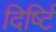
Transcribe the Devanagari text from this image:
दिर्ष्टि